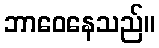
ဘာဝေနေသည်။